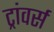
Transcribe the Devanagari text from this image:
ट्रांवर्स